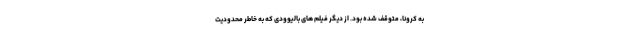
به کرونا، متوقف شده بود. از دیگر فیلم های بالیوودی که به خاطر محدودیت